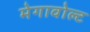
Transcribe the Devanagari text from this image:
मेगावोल्ट